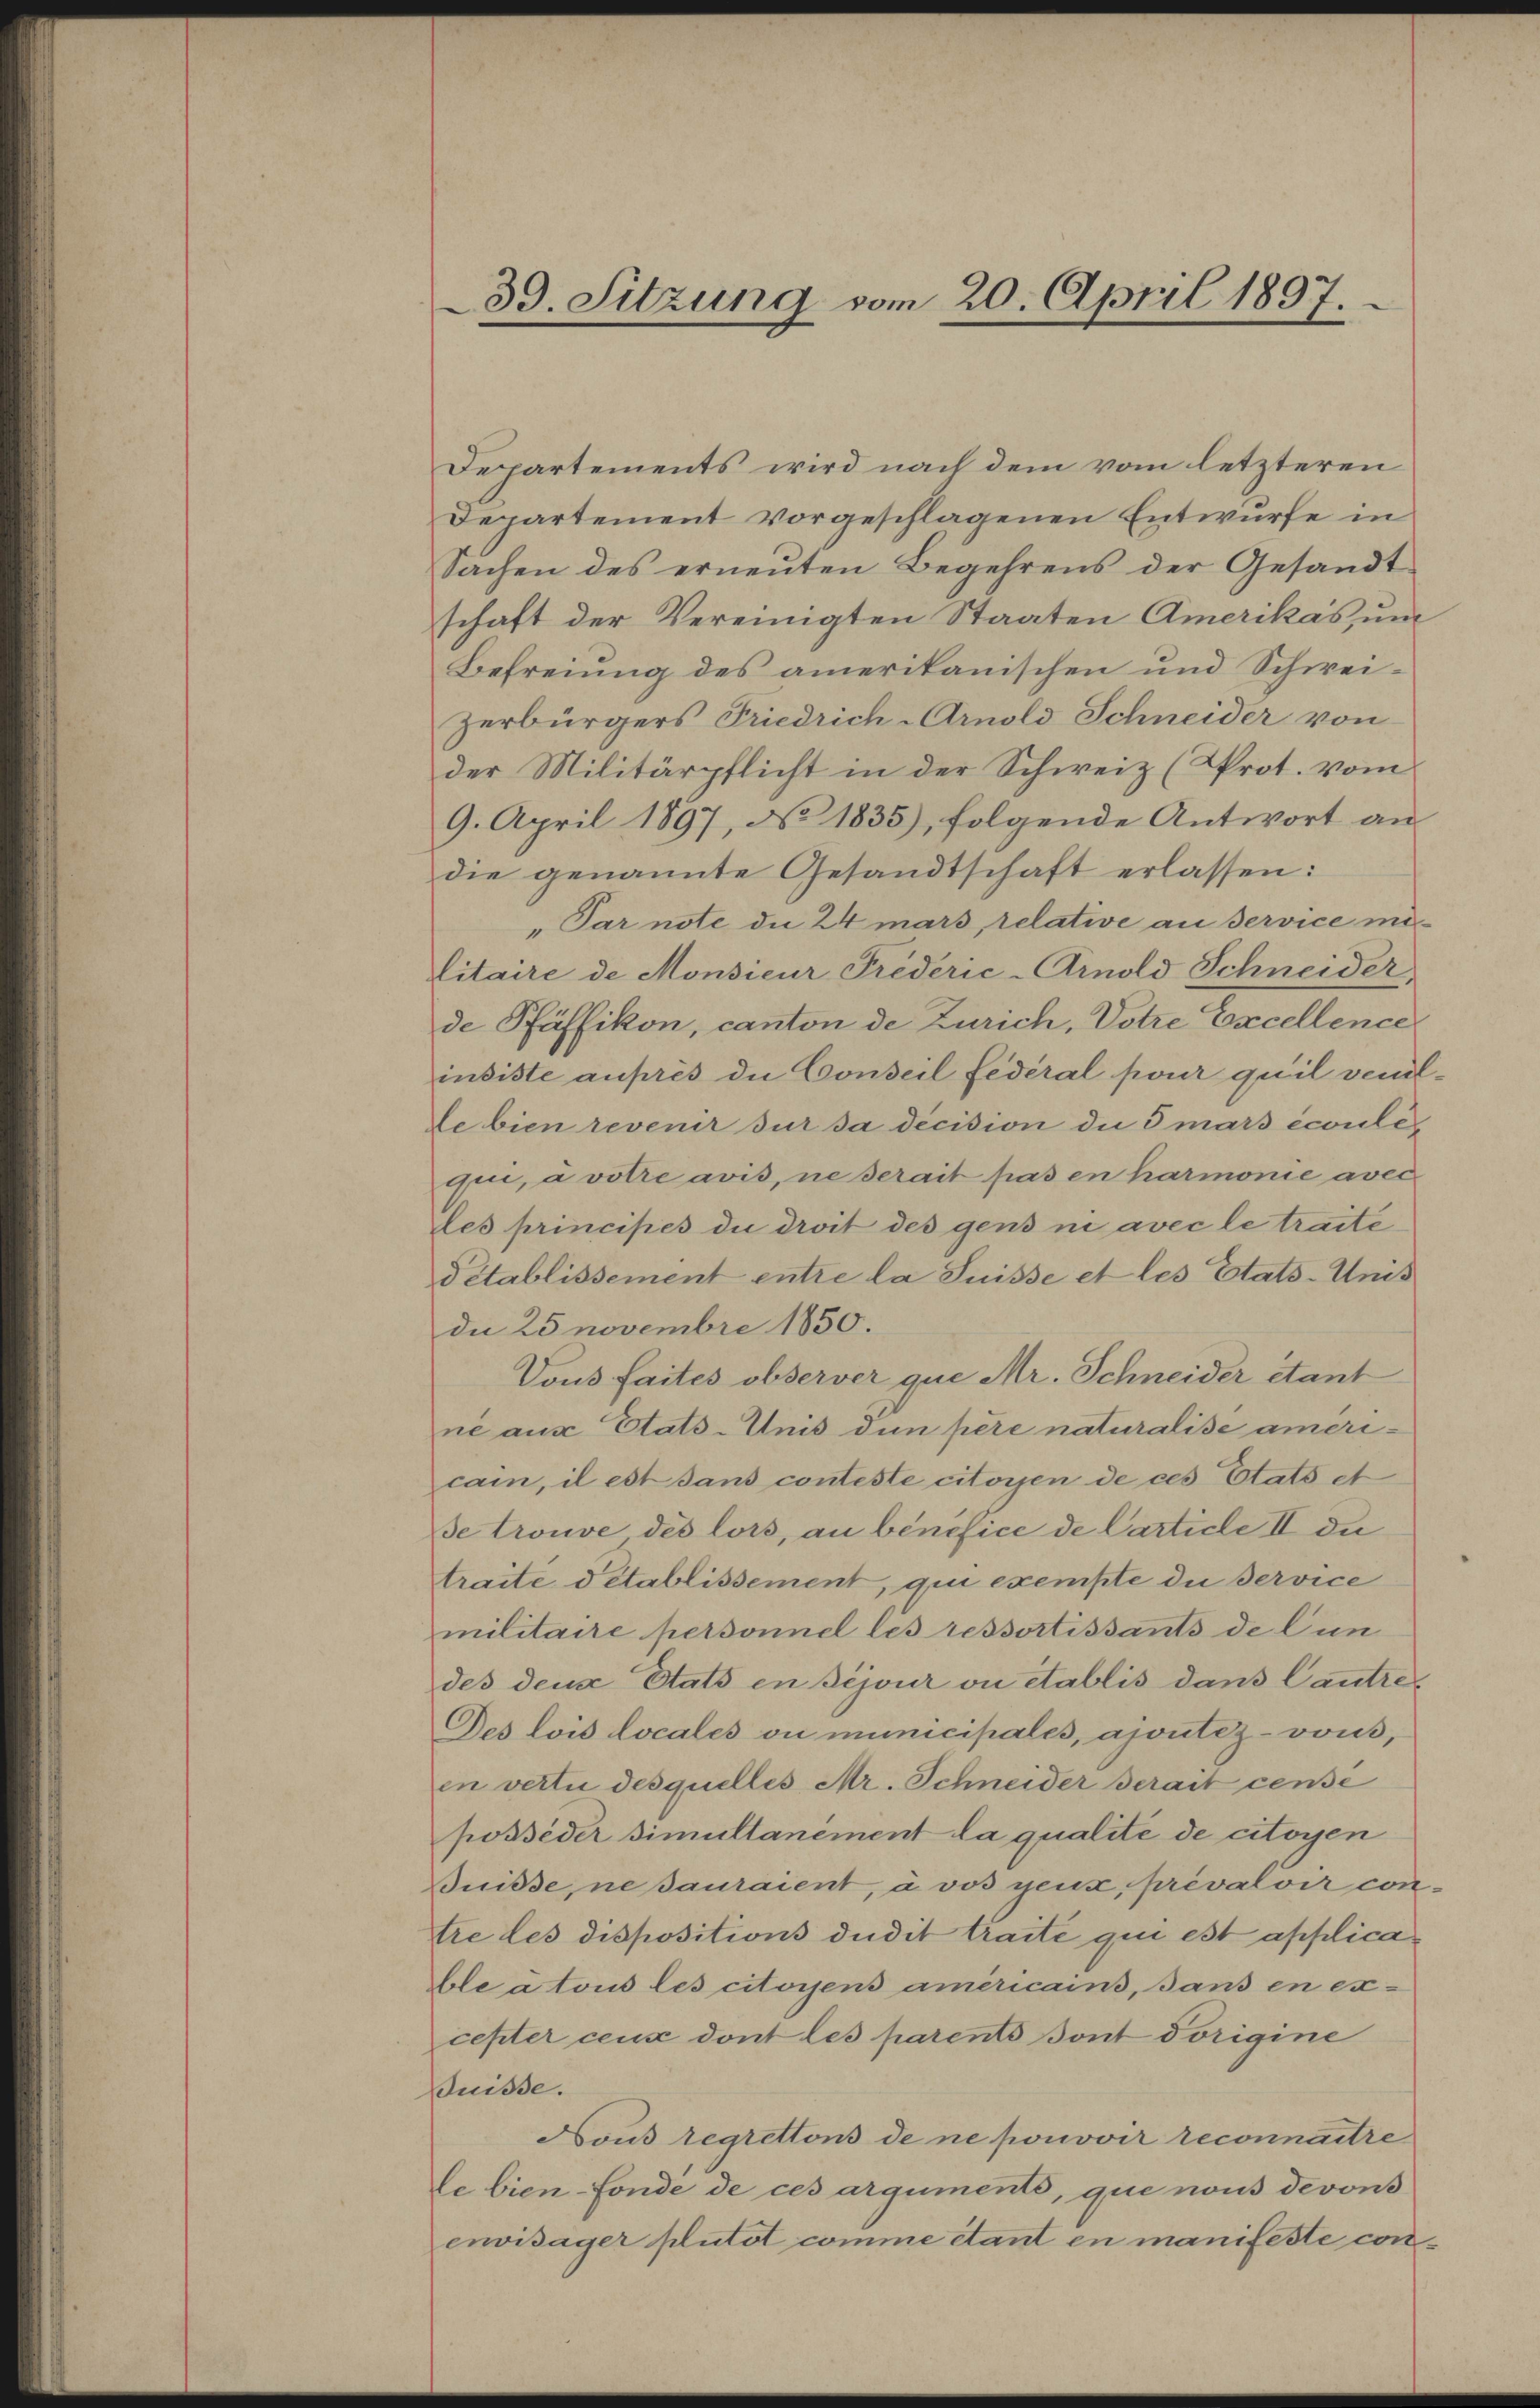
39. Sitzung vom 20. April 1807.

Departements wird nach dem vom letzteren
Departement vorgeschlagenen Entwurfe in
Sachen des erneŭten Begehrens der Gesandt
schaft der Vereinigten Staaten Amerikas, um
Befreiung des amerikanischen und Schweizerbürgers Friedrich-Arnold Schneider von
der Militärpflicht in der Schweiz (Krot. vom
9. April 1897, No 1835), folgende Antwort an
die genannte Gesandtschaft erlassen:
"Par note die 24 mars relative an Service militaire de Monsieur Frederie-Arnold Schneider,
de Pfäffikon, canton de Zürich, Votre Excellence
insiste auprès die Conseil fédéral pour quil verlde bien revenir dur da decision die 5 mars écoulequi, a votre avis, ne serait pas en harmonie avec
les principés du droit des gens in avec le traite
Pétablissement entre la Suisse et les Etats-Unis
de 25 novembre 1850.
Vous faites observer que Mr. Schneider étant
ne aus Etats-Unis dun père naturalise americain, il est sans conteste citoyen de ces Etats et
Be trouve des lors, au bénéfice de Carticle II du
traite détablissement, qui exempte die Service
militaire personnel les ressortissants de lun
des deux Etats in Bijour ou établis dans Cautre¬
Des lois locales ou municipales, ajoutez-vous,
en vertie desquelles Mr. Schneider Berait cense
posséder simultanement la qualité de citoyen
Buisse, ne sauraient, à vos genz, prévaloir contre les dispositions dudit traite qui est applicable à tous les citoyens americains, sans en ex-
cepter ceux dont les parents Bont vorigine
Buisse.
Nous regrettons de ne pouvoir reconnaitre
le bien-Fonde de ces argumenté, que nous devons
envisager plutot comme étant en manifeste con¬